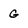
Character: G